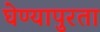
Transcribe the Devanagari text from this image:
घेण्यापुरता